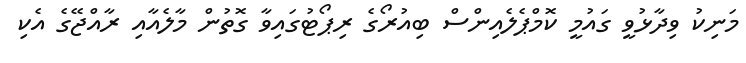
މަނިކު ވިދާޅުވީ ގައުމީ ކޮމްޕެލެއިންސް ބިއުރޯގެ ރިޕޯޓުގައިވާ ގޮތުން މާލެއާއި ރާއްޖޭގެ އެކި